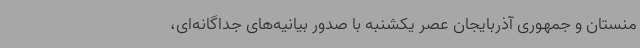
منستان و جمهوری آذربایجان عصر یکشنبه با صدور بیانیه‌های جداگانه‌ای،